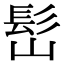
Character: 𩫺